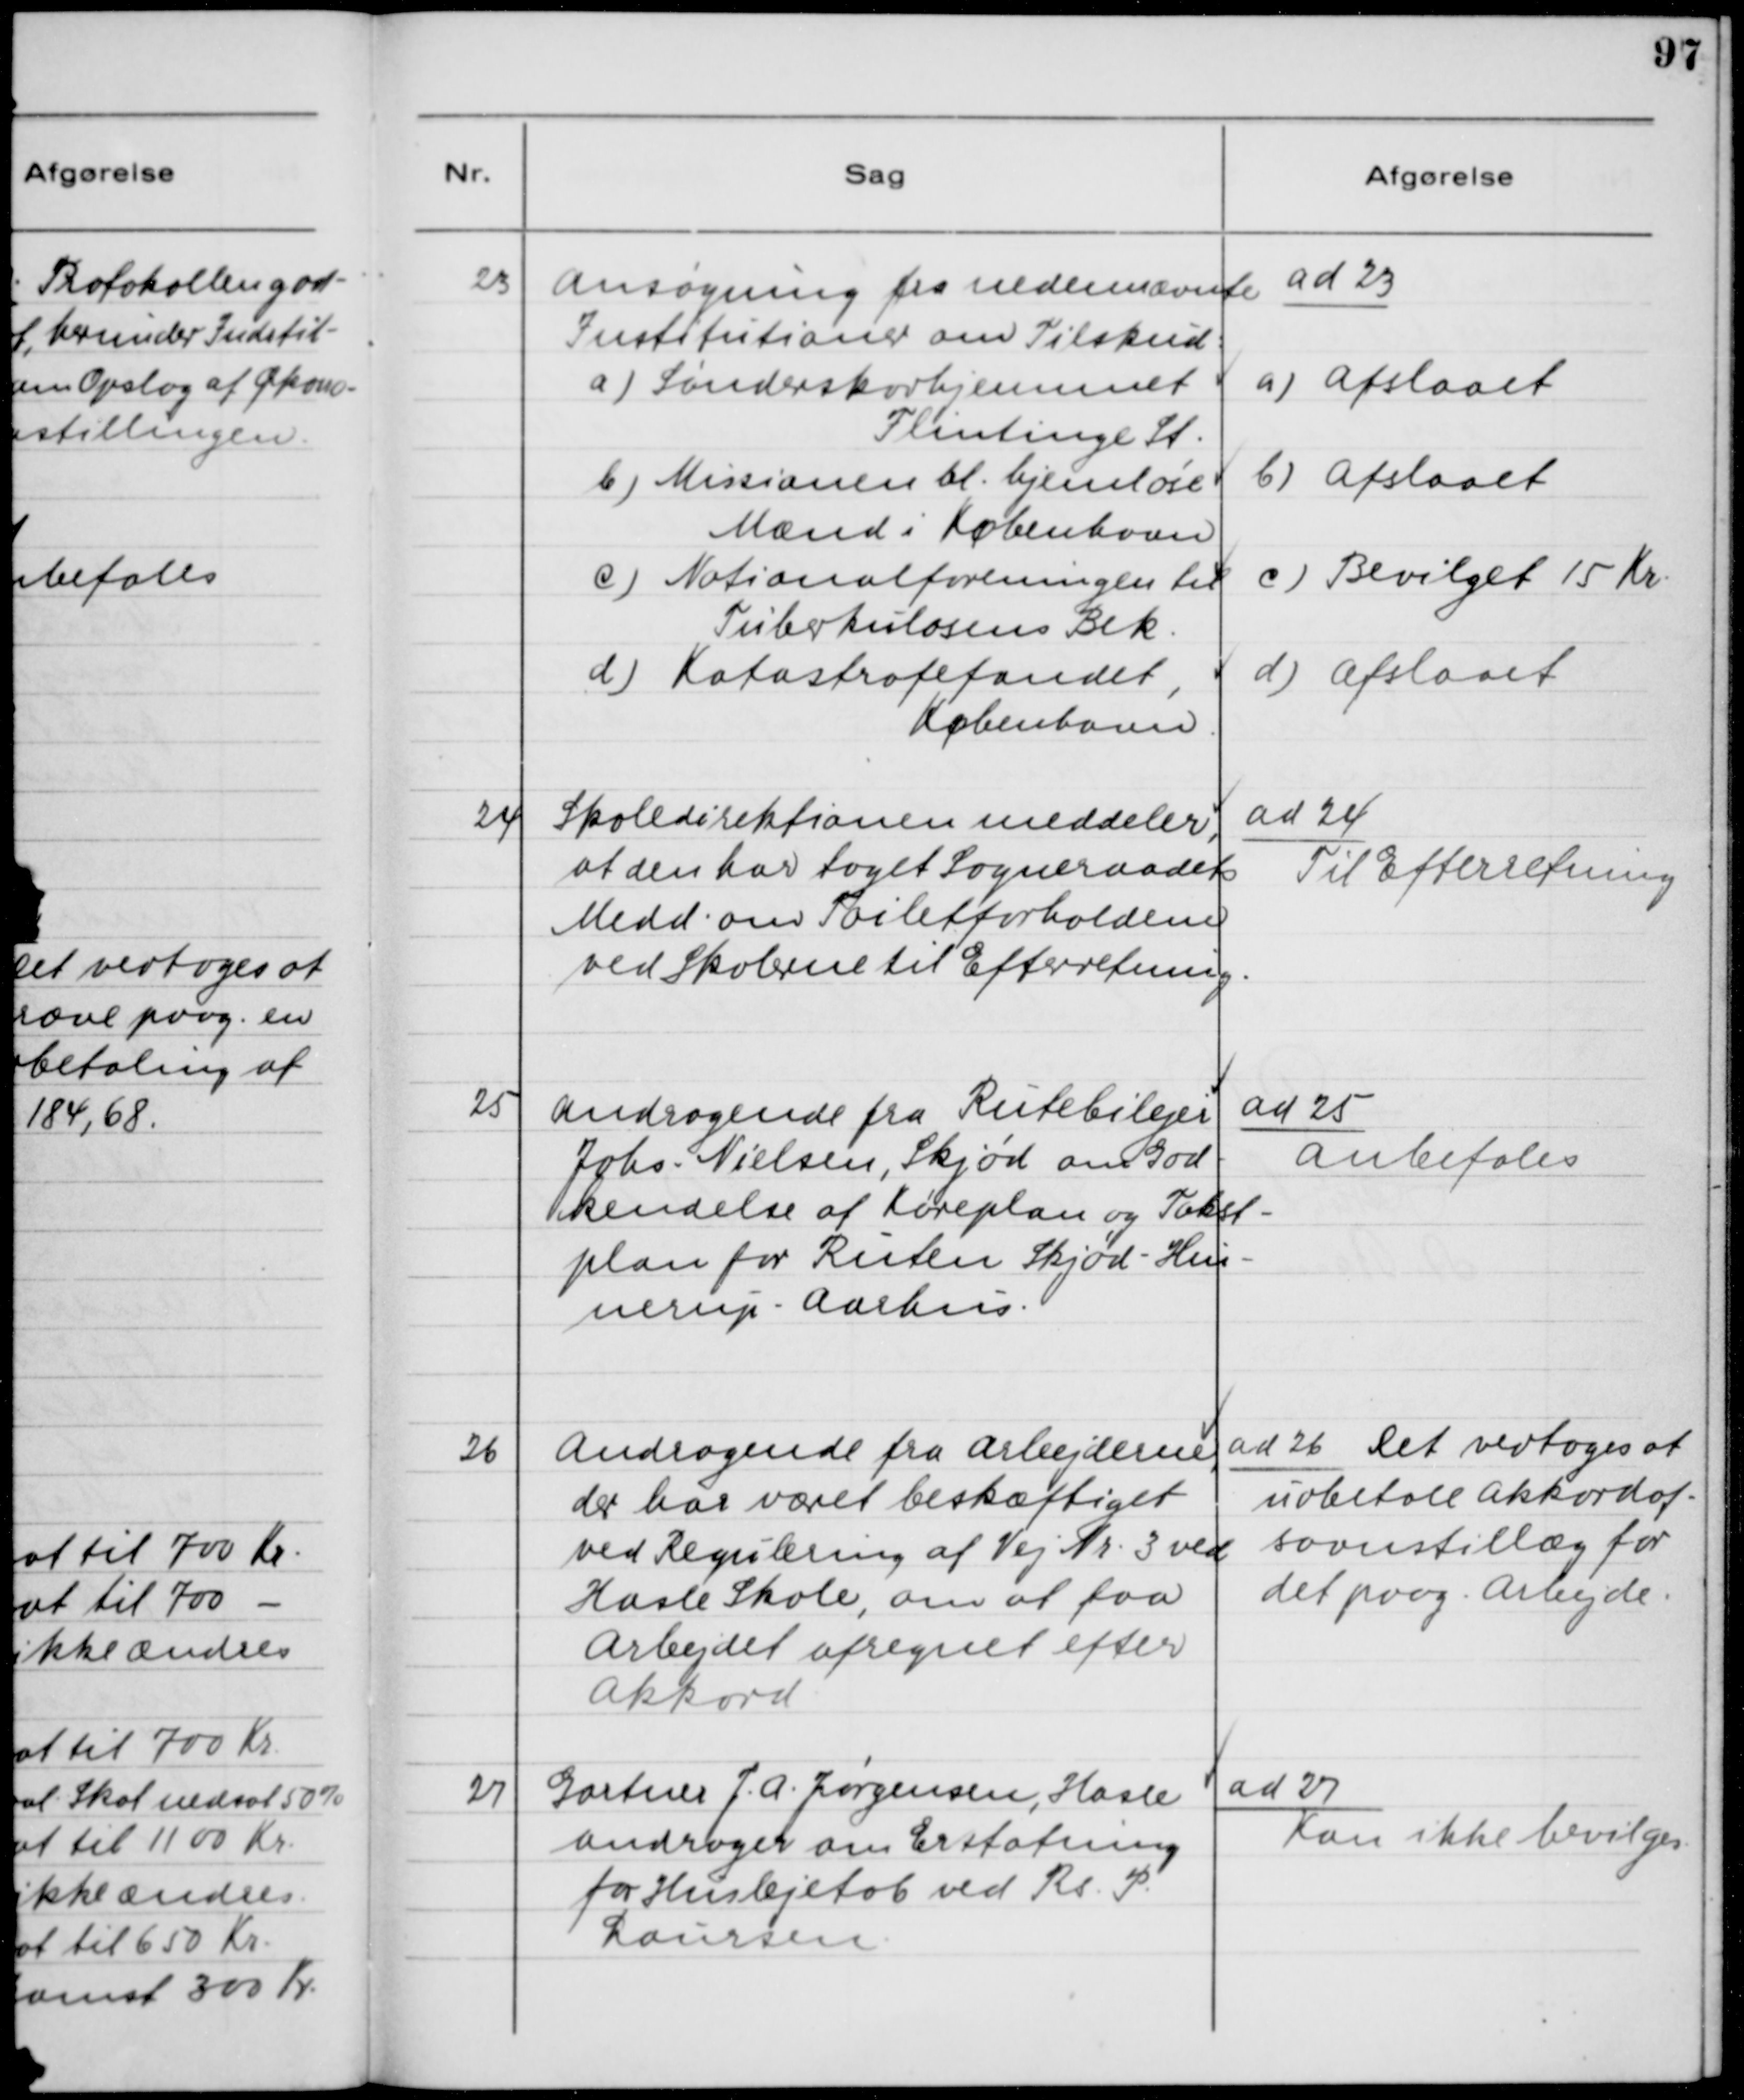
Transskription:
23. Ansøgning fra Nedennævnte
Institutioner om Tilskud:
a) Sønderskovhjemmet
Flintinge St.
b) Missionen bl. hjemløse
Mænd i København
c) Nationalforeningen til
Tuberkulosens Bek.
d) Katastrofefondet,
København

ad 23.
a) Afslaaet
b) Afslaaet
c) Bevilget 15 Kr.
d) Afslaaet

24. Skoledirektionen meddeler,
at den har taget Sogneraadets
Medd. om Toiletforholdene
ved Skolerne til Efterretning.

ad 24.
Til Efterretning

25. Andragende fra Rutebilejer
Johs. Nielsen, Skjød om God-
kendelse af Køreplan og Takst-
plan for Ruten Skjød - Huin-
nerup - Aarhus.

ad 25.
Anbefales

26. Andragende fra Arbejderne,
der har været beskæftiget
ved Regulering af Vej Nr. 3 ved
Hasle Skole, om at faa
Arbejdet afregnet efter
Akkord.

ad 26. Det vedtoges at
udbetale Akkordaf-
savnstillæg for
det paag. Arbejde.

27. Gartner J. A. Jørgensen, Hasle
andrager om Erstatning
for Huslejetab ved Rs. P.
Laursen.

ad 27.
Kan ikke bevilges